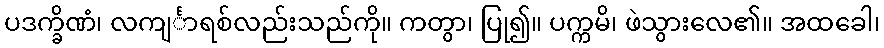
ပဒက္ခိဏံ၊ လကျင်္ာရစ်လည်းသည်ကို။ ကတွာ၊ ပြု၍။ ပက္ကမိ၊ ဖဲသွားလေ၏။ အထခေါ၊